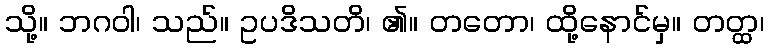
သို့။ ဘဂဝါ၊ သည်။ ဥပဒိသတိ၊ ၏။ တတော၊ ထို့နောင်မှ။ တတ္ထ၊